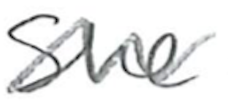
Text: She
Cross-out: mix
Writing tool: pencil